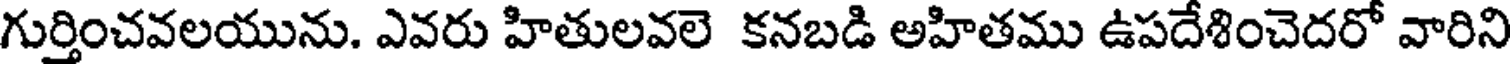
గుర్తించవలయును. ఎవరు హితులవలె కనబడి అహితము ఉపదేశించెదరో వారిని